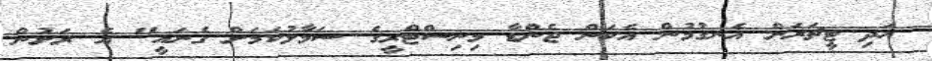
އަދި ޓީޗަރަށް އެނގުމުން އެކަން ޖެންޑާ މިނިސްޓްރީގެ ސަމާލުކަމަށް ގެނައީ" އެ ރަށުން